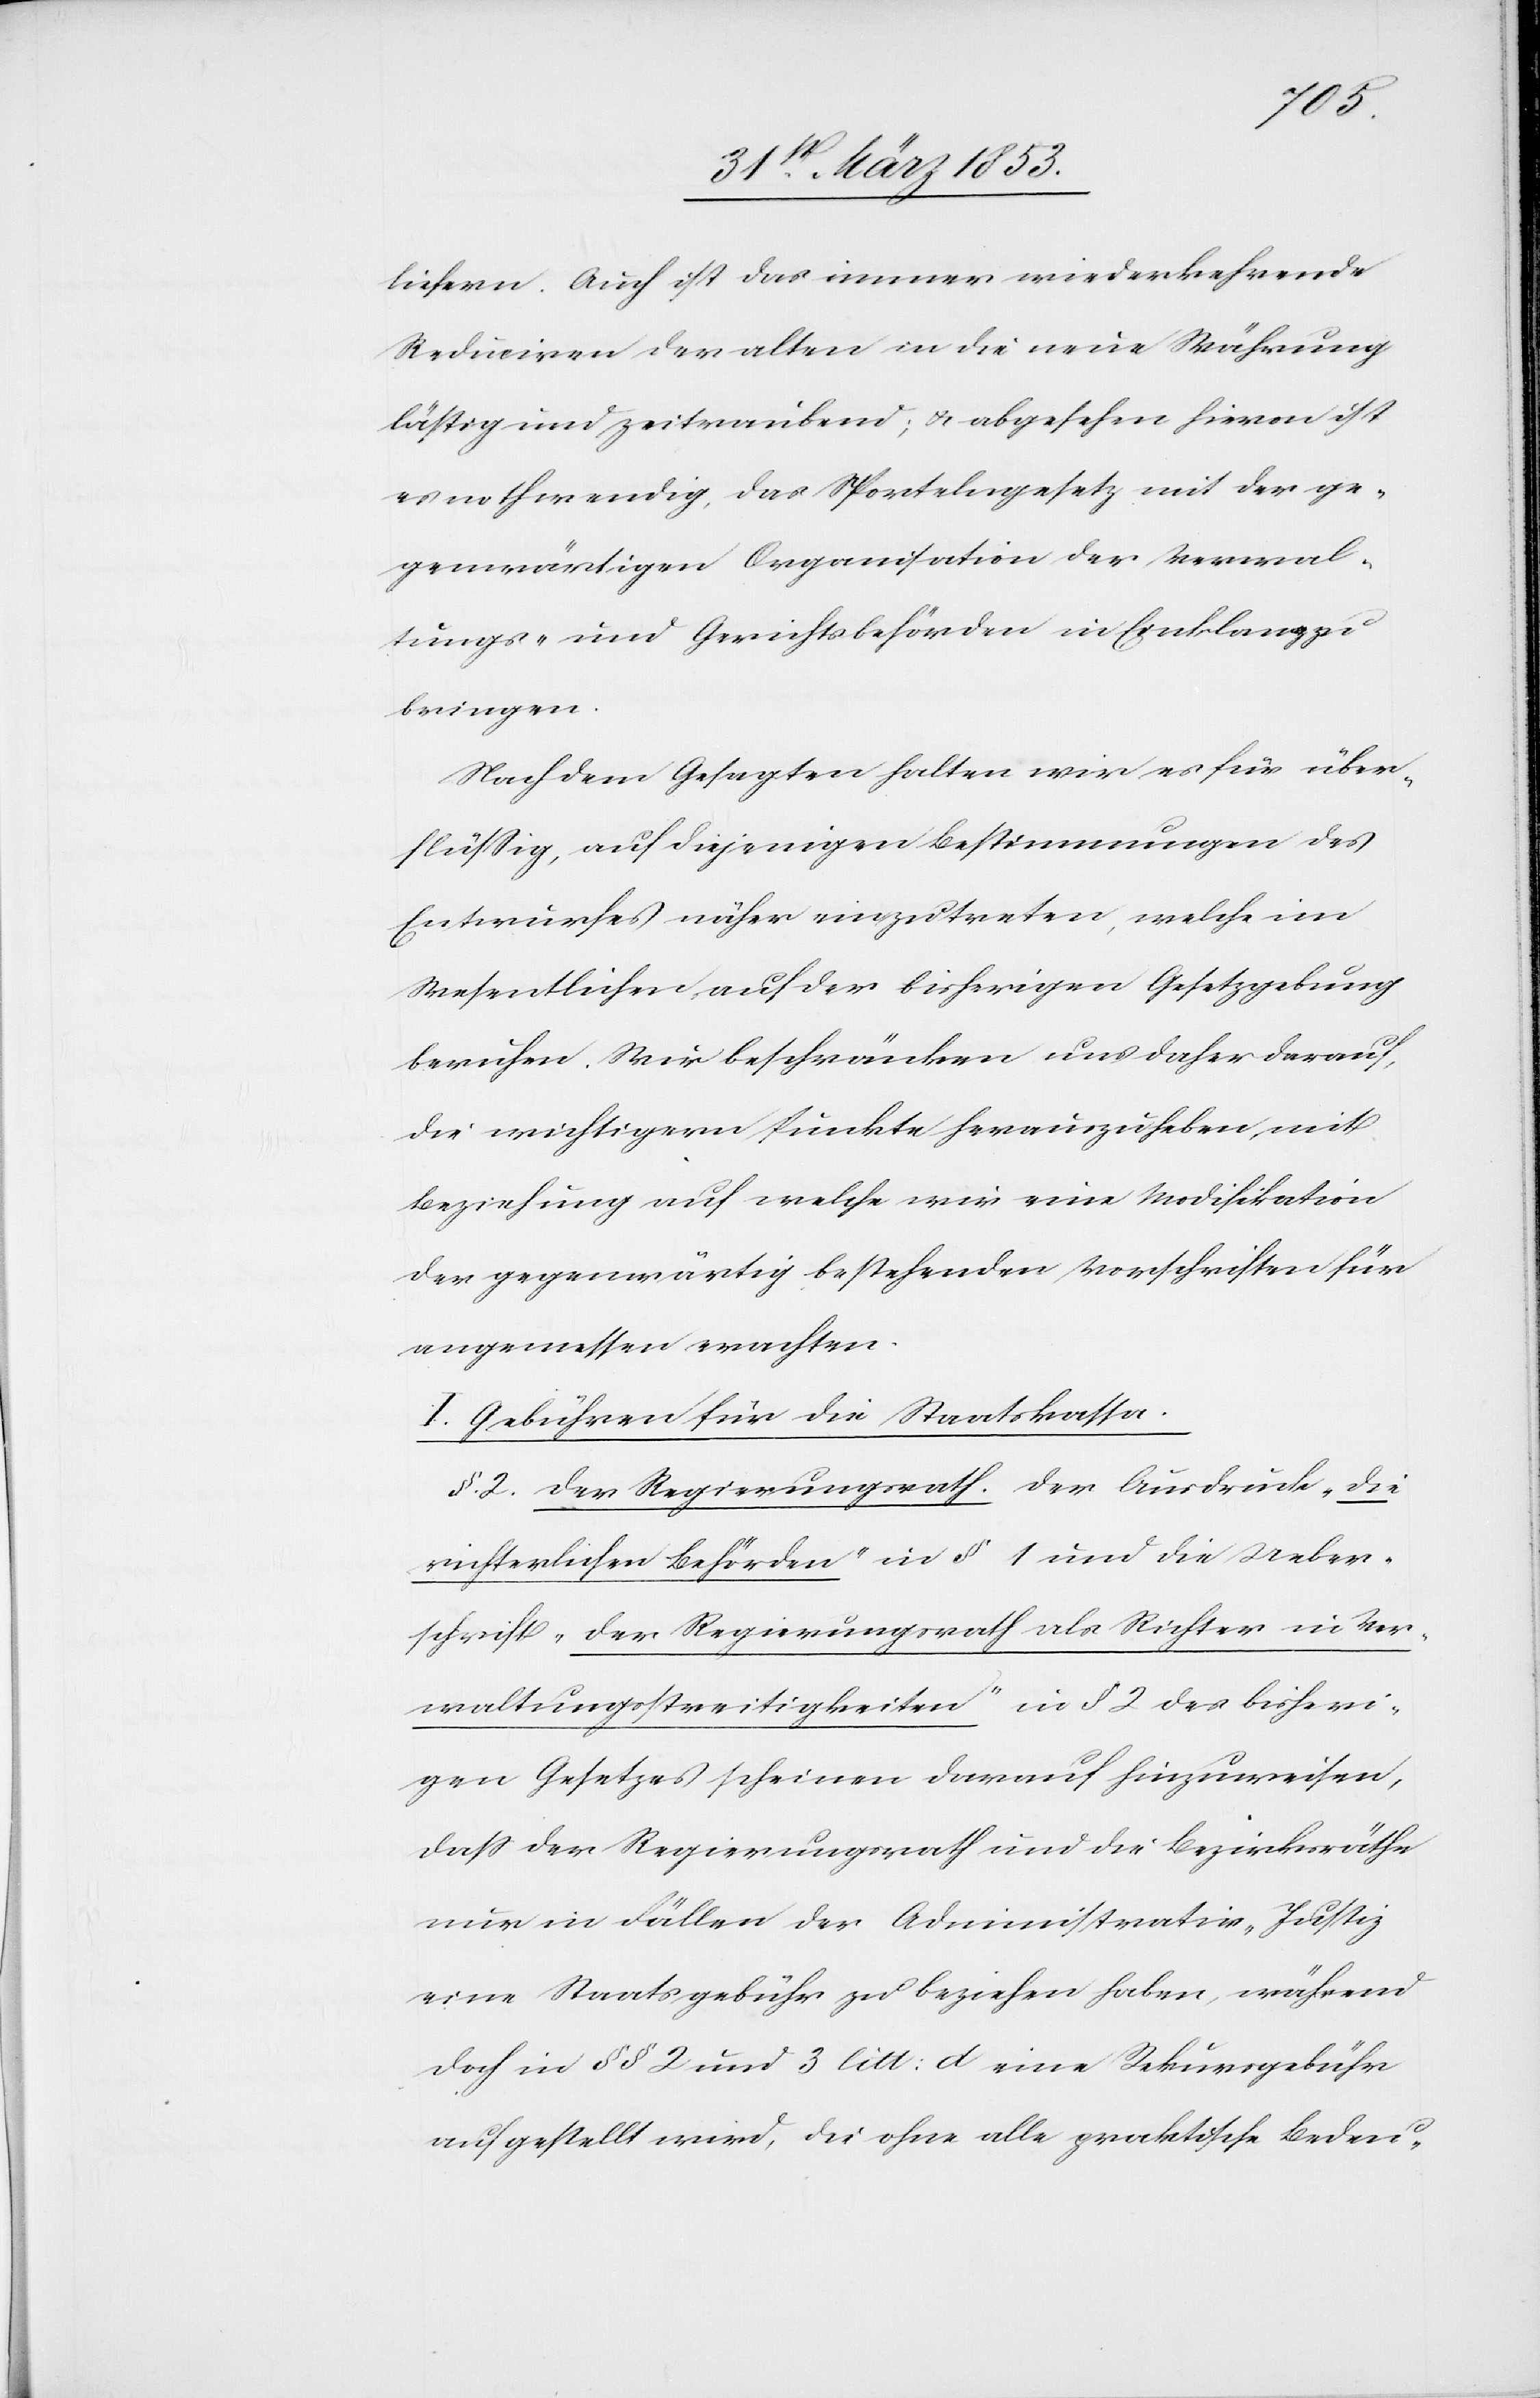
liefern. Auch ist das immer wiederkehrende
Reduziren der alten in die neue Währung
lästig und zeitraubend, u. abgesehen hievon ist
es nothwendig, das Sportelngesetz mit der ge¬
genwärtigen Organisation der Verwal¬
tungs- und Gerichtsbehörden in Einklang zu
bringen.
Nach dem Gesagten halten wir es für über¬
flüßig, auf diejenigen Bestimmungen des
Entwurfes näher einzutreten, welche im
Wesentlichen auf der bisherigen Gesetzgebung
beruhen. Wir beschränken uns daher darauf,
die wichtigen Punkte hervorzuheben, mit
Beziehung auf welche wir eine Modifikation
der gegenwärtig bestehenden Vorschriften für
angemessen erachten.
I. Gebühren für die Staatskassa.
§. 2. Der Regierungsrath. Der Ausdruck „die
richterlichen Behörden“ in § 1 und die Ueber¬
schrift „der Regierungsrath als Richter in Ver¬
waltungsstreitigkeiten“ in § 2 des bisheri¬
gen Gesetzes scheinen darauf hinzuweisen,
daß der Regierungsrath und die Bezirksräthe
nur in Fällen der Administrativ-Justiz
eine Staatsgebühr zu beziehen haben, während
doch in §§ 2 und 3 litt: d eine Rekursgebühr
aufgestellt wird, die ohne alle praktische Bedeu-